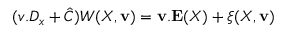
( v . D _ { x } + \hat { C } ) W ( X , { \mathbf v } ) = { \mathbf v } . { \mathbf E } ( X ) + \xi ( X , { \mathbf v } )